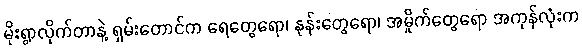
မိုးရွာလိုက်တာနဲ့ ရှမ်းတောင်က ရေတွေရော၊ နုန်းတွေရော၊ အမှိုက်တွေရော အကုန်လုံးက